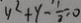
y ^ { 2 } + y - \frac { 1 } { 2 } = 0